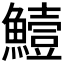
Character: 𩻭